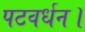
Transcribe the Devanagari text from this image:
पटवर्धन।